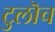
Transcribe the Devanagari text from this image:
टुलॊच